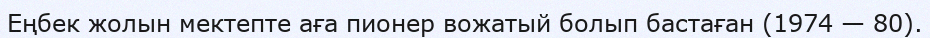
Еңбек жолын мектепте аға пионер вожатый болып бастаған (1974 — 80).